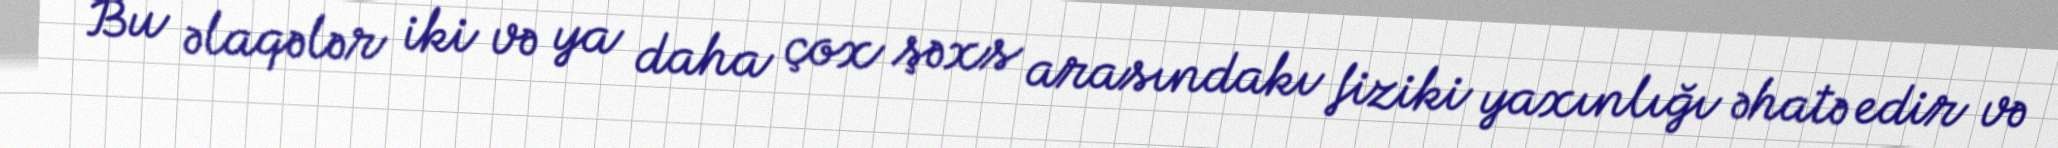
Bu əlaqələr iki və ya daha çox şəxs arasındakı fiziki yaxınlığı əhatə edir və